Riigikantselei, lk 15
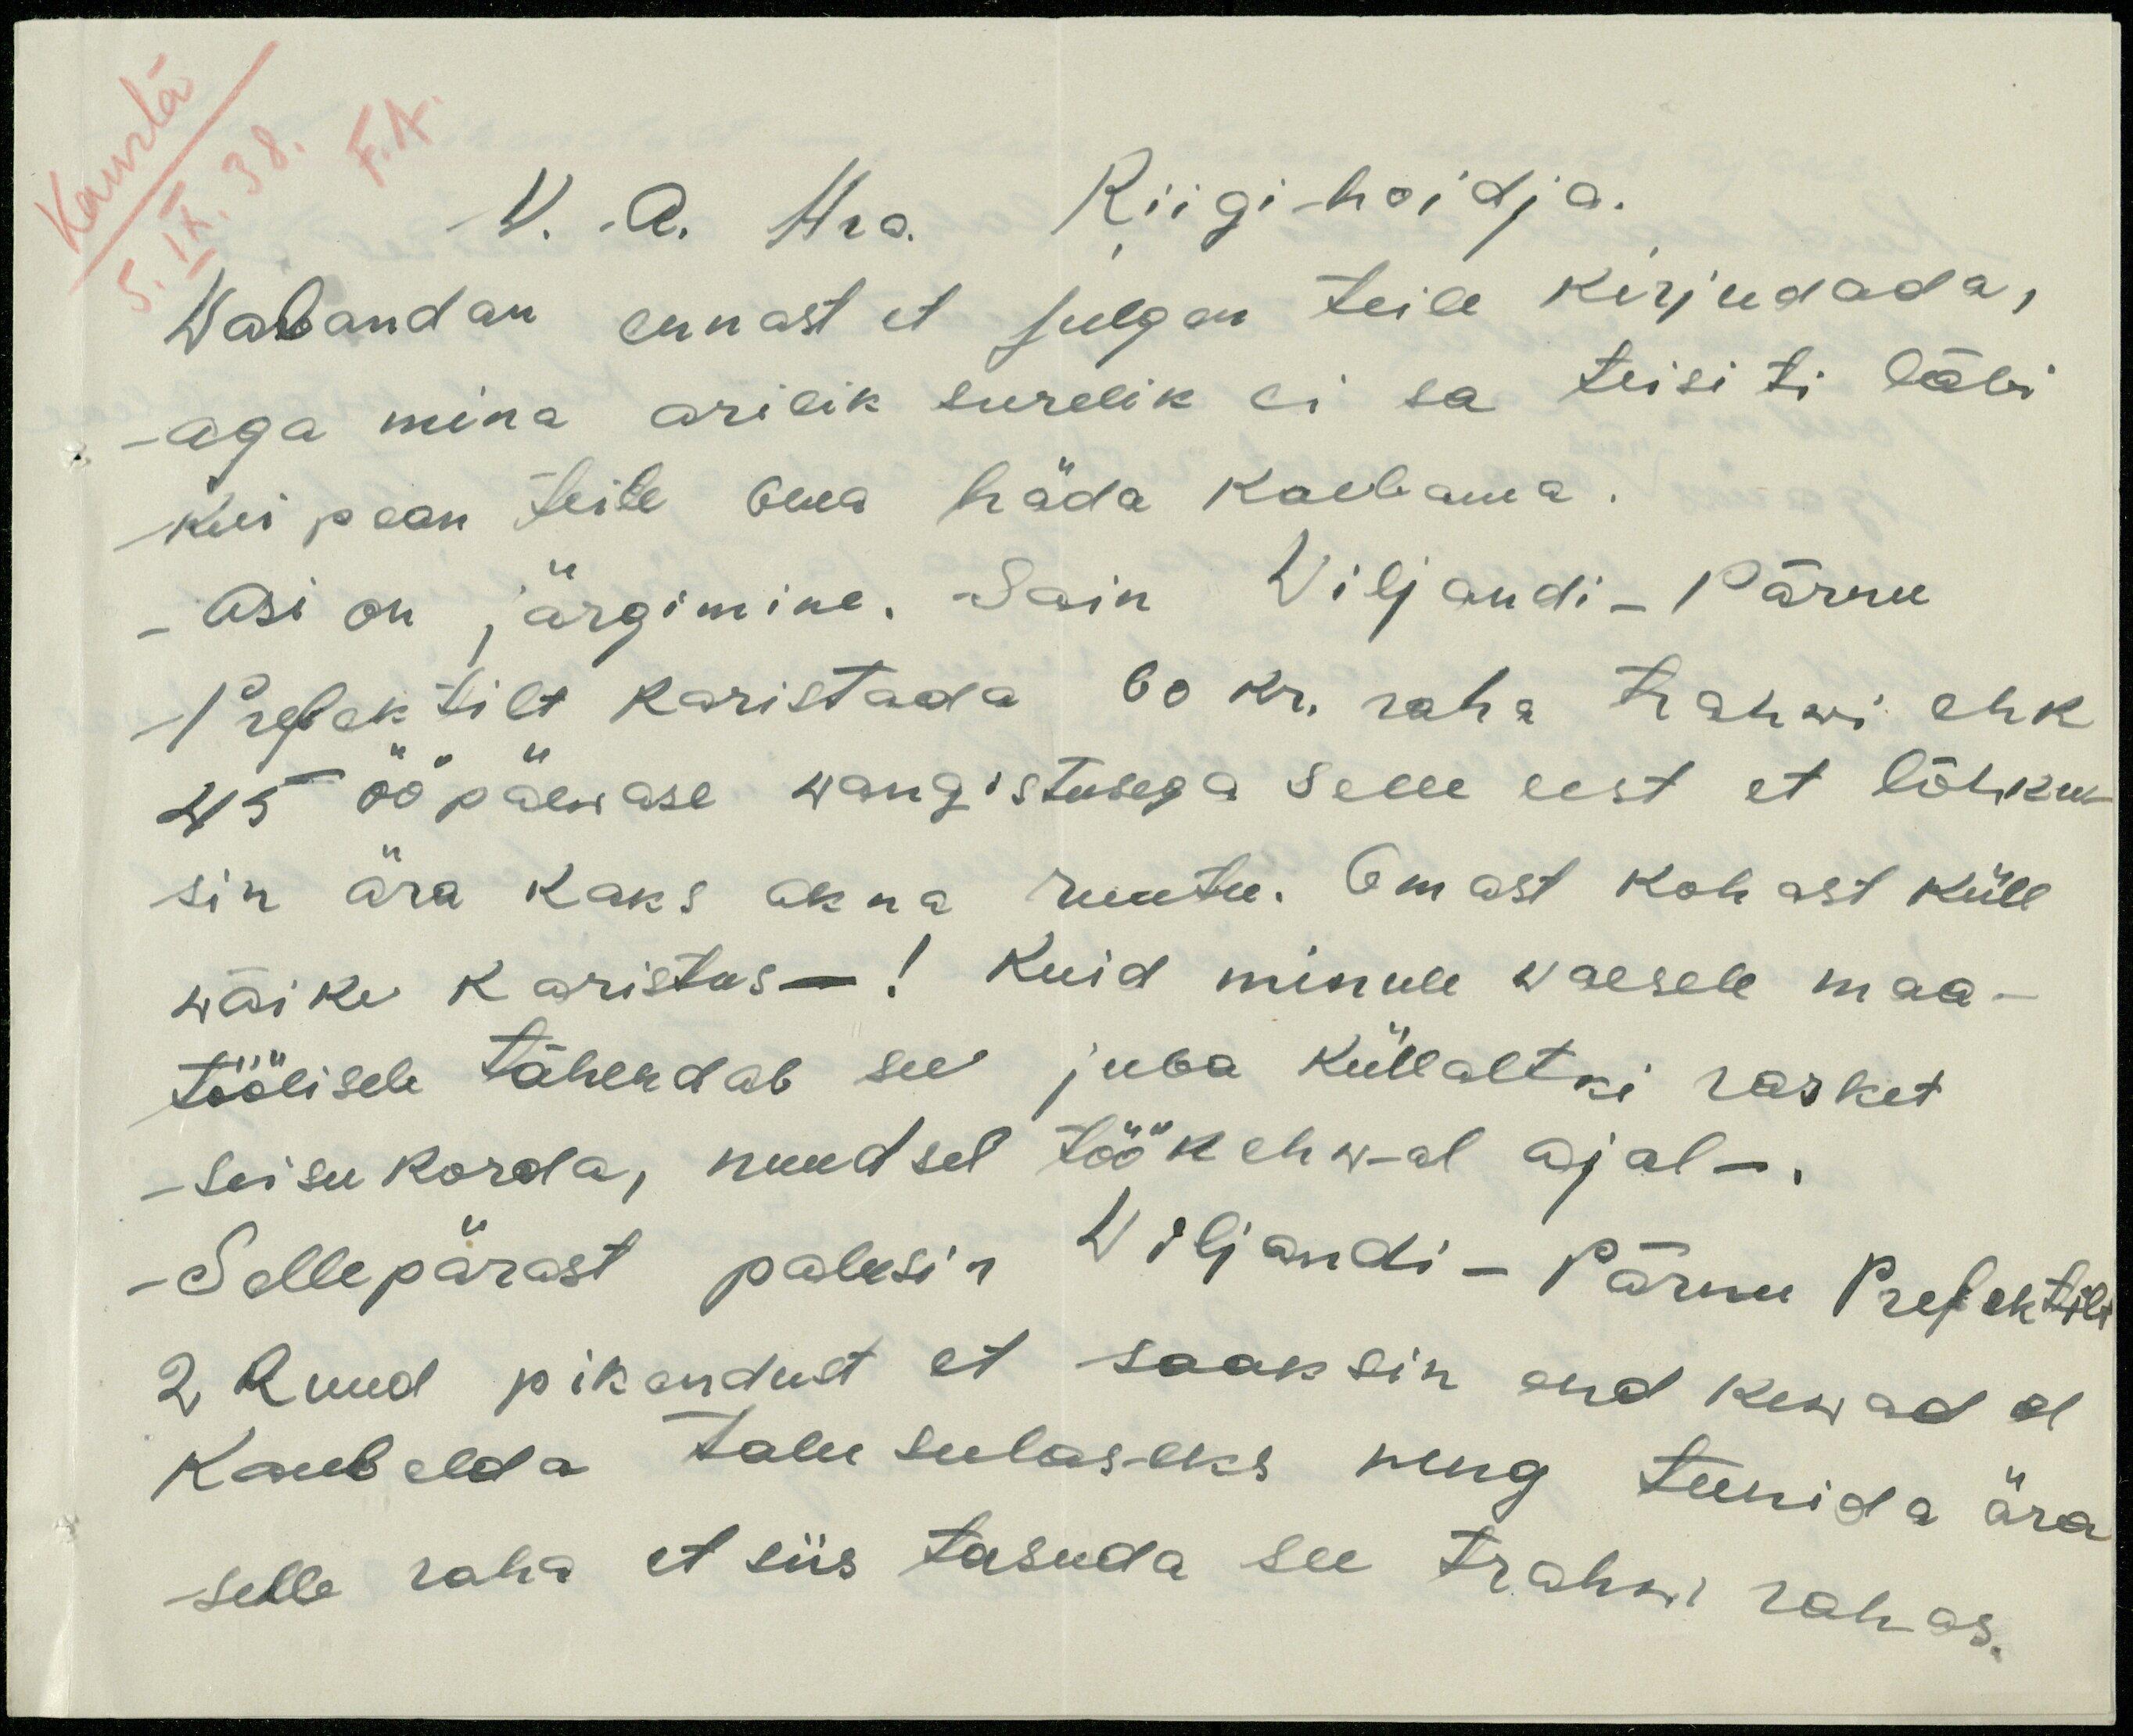
W. A. Hra Riigi-hoidja.
Wabandan ennast et julgen teile kirjudada,
aga mina arilik surelik ei sa teisiti läbi
kui pean teile oma häda kaebama.
Asi on järgimine. Sain Viljandi-Pärnu
Prefektilt karistada 60 kr. raha trahwi ehk
45 ööpäewase wangistusega selle eest et lõhku-
sin ära kaks akna ruutu. Omast kohast küll
wäike karistus! Kuid minule waesele maa-
töölisele tähendab see juba küllaltki rasket
seisukorda, nuudsel töökehwal ajal.
Sellepärast palusin Viljandi-Pärnu Prefektilt
2 kuud pikendust et saaksin end kewadel
Kaubelda talu sulaseks ning teenida ära
selle raha et siis tasuda see trahw rahas.